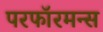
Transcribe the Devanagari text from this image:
परफॉरमन्स